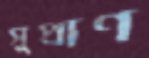
সুপ্রাণ